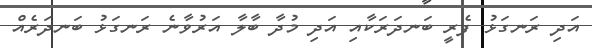
އަދި ރަނގަޅު ފެރީ ބަނދަރަކާއި އަދި މުދާ ބާލާ އަރުވާނެ ރަނގަޅު ބަނދަރެއް